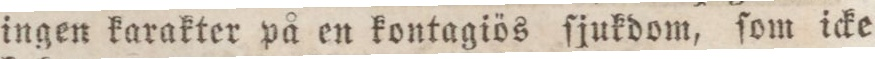
ingen karakter på en kontagiös ſjukdo, ſom icke